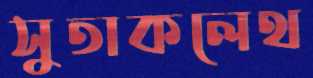
সুতাকলেথ